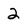
Character: 2